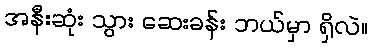
အနီးဆုံး သွား ဆေးခန်း ဘယ်မှာ ရှိလဲ။